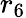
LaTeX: r_{6}